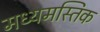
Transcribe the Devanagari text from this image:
मध्यमस्तिक